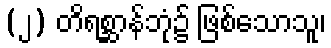
(၂) တိရစ္ဆာန်ဘုံ၌ ဖြစ်သောသူ၊